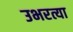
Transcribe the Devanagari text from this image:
उभरत्या